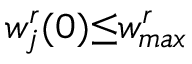
w _ { j } ^ { r } ( 0 ) { \leq } w _ { m a x } ^ { r }